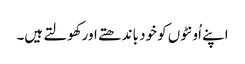
اپنے اُونٹوں کو خود باندھتے اورکھولتے ہیں۔